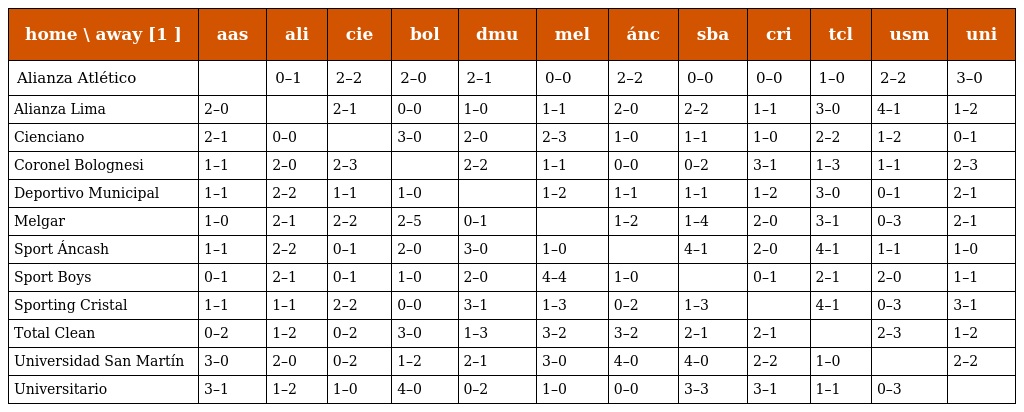
| home \ away [1 ] | aas | ali | cie | bol | dmu | mel | ánc | sba | cri | tcl | usm | uni |
 | --- | --- | --- | --- | --- | --- | --- | --- | --- | --- | --- | --- | --- |
 | Alianza Atlético |  | 0–1 | 2–2 | 2–0 | 2–1 | 0–0 | 2–2 | 0–0 | 0–0 | 1–0 | 2–2 | 3–0 |
 | Alianza Lima | 2–0 |  | 2–1 | 0–0 | 1–0 | 1–1 | 2–0 | 2–2 | 1–1 | 3–0 | 4–1 | 1–2 |
 | Cienciano | 2–1 | 0–0 |  | 3–0 | 2–0 | 2–3 | 1–0 | 1–1 | 1–0 | 2–2 | 1–2 | 0–1 |
 | Coronel Bolognesi | 1–1 | 2–0 | 2–3 |  | 2–2 | 1–1 | 0–0 | 0–2 | 3–1 | 1–3 | 1–1 | 2–3 |
 | Deportivo Municipal | 1–1 | 2–2 | 1–1 | 1–0 |  | 1–2 | 1–1 | 1–1 | 1–2 | 3–0 | 0–1 | 2–1 |
 | Melgar | 1–0 | 2–1 | 2–2 | 2–5 | 0–1 |  | 1–2 | 1–4 | 2–0 | 3–1 | 0–3 | 2–1 |
 | Sport Áncash | 1–1 | 2–2 | 0–1 | 2–0 | 3–0 | 1–0 |  | 4–1 | 2–0 | 4–1 | 1–1 | 1–0 |
 | Sport Boys | 0–1 | 2–1 | 0–1 | 1–0 | 2–0 | 4–4 | 1–0 |  | 0–1 | 2–1 | 2–0 | 1–1 |
 | Sporting Cristal | 1–1 | 1–1 | 2–2 | 0–0 | 3–1 | 1–3 | 0–2 | 1–3 |  | 4–1 | 0–3 | 3–1 |
 | Total Clean | 0–2 | 1–2 | 0–2 | 3–0 | 1–3 | 3–2 | 3–2 | 2–1 | 2–1 |  | 2–3 | 1–2 |
 | Universidad San Martín | 3–0 | 2–0 | 0–2 | 1–2 | 2–1 | 3–0 | 4–0 | 4–0 | 2–2 | 1–0 |  | 2–2 |
 | Universitario | 3–1 | 1–2 | 1–0 | 4–0 | 0–2 | 1–0 | 0–0 | 3–3 | 3–1 | 1–1 | 0–3 |  |